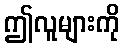
ဤလူများကို